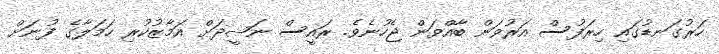
ހަރުގަނޑުގައި ހިރަފުސް އަރުވަން ބާއްވަން ޖެހުނެވެ. ރައީސް ނަޝީދަށް އަމާޒުކުރި ހަމަލާގެ ފުނަށް